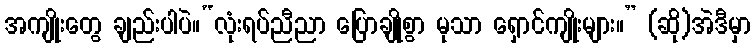
အကျိုးတွေ ချည်းပါပဲ။“လုံးရပ်ညီညာ ပြောချိုစွာ မုသာ ရှောင်ကျိုးများ။” (ဆို)အဲဒီမှာ